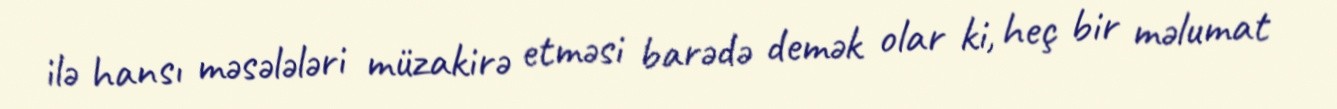
ilə hansı məsələləri müzakirə etməsi barədə demək olar ki, heç bir məlumat